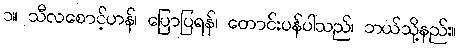
၁။ သီလစောင့်ဟန်၊ ပြောပြရန်၊ တောင်းပန်ပါသည်၊ ဘယ်သို့နည်း။